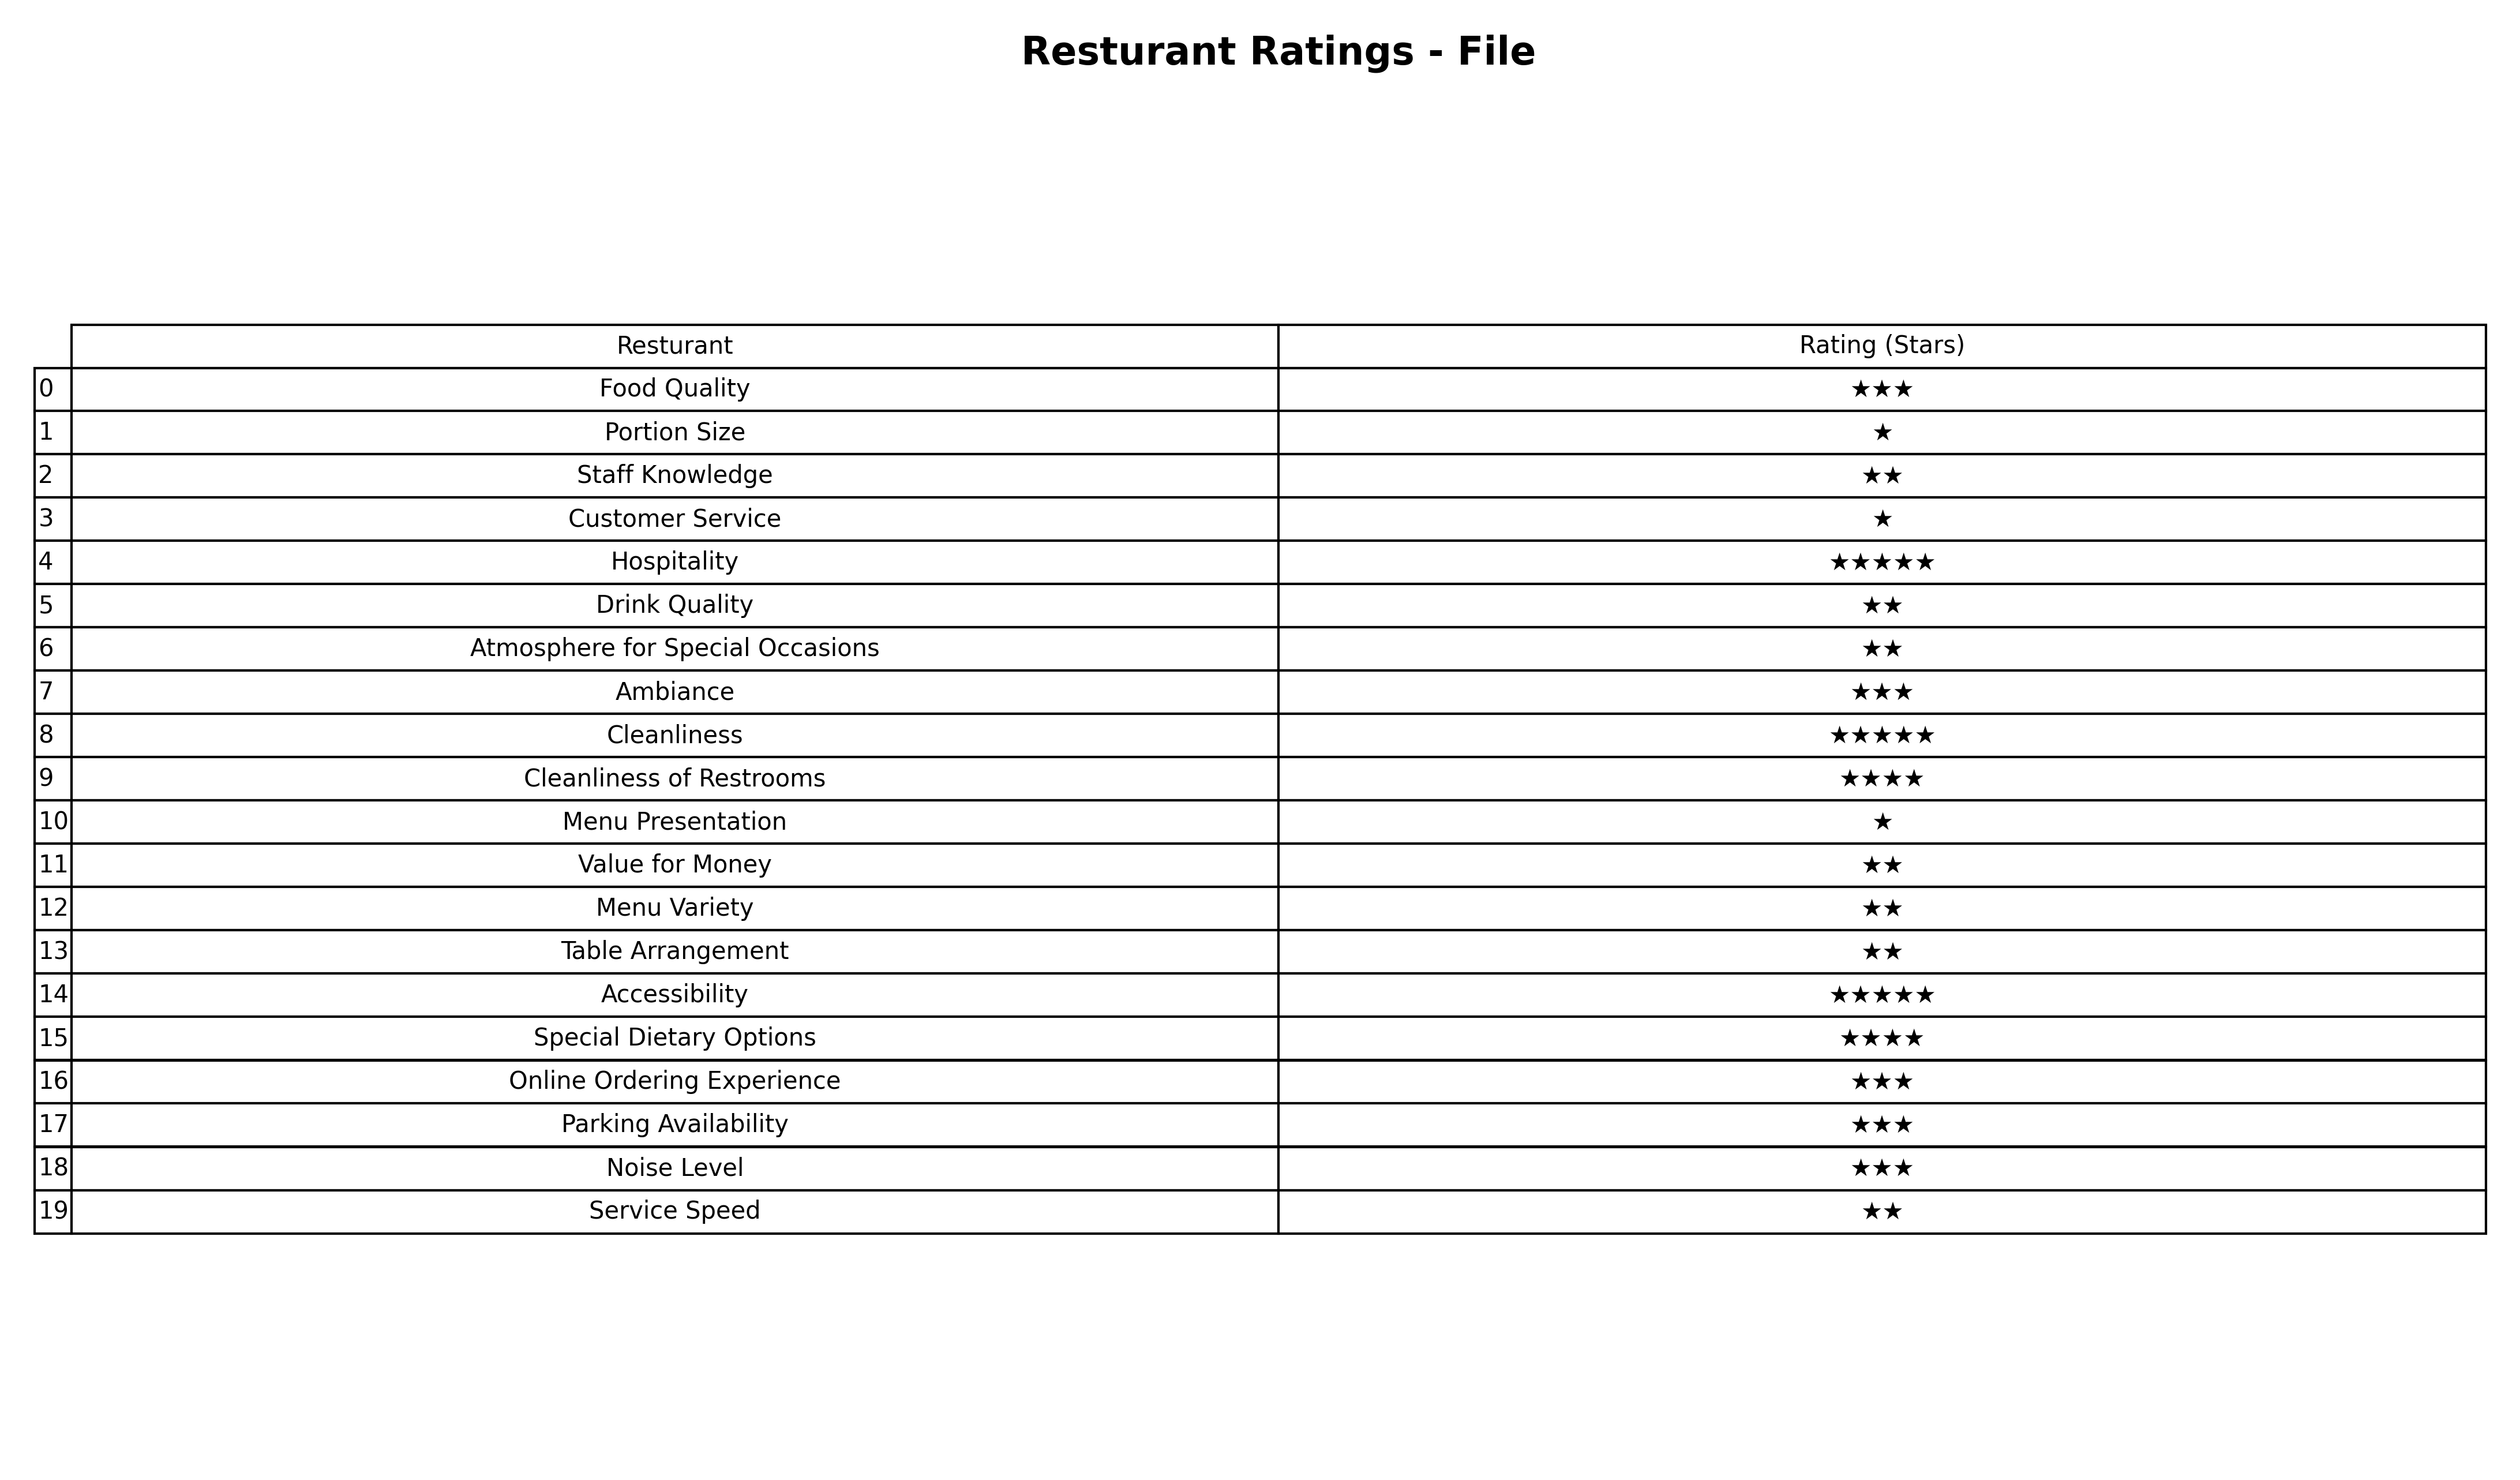
question: What are five star services?
answer: HospitalityCleanlinessAccessibility